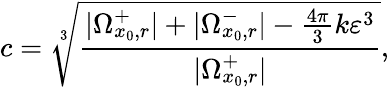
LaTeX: c=\sqrt[3]{\frac{|\Omega_{x_{0},r}^{+}|+|\Omega_{x_{0},r}^{-}|-\frac{4\pi}{3}k\varepsilon^{3}}{|\Omega_{x_{0},r}^{+}|}},